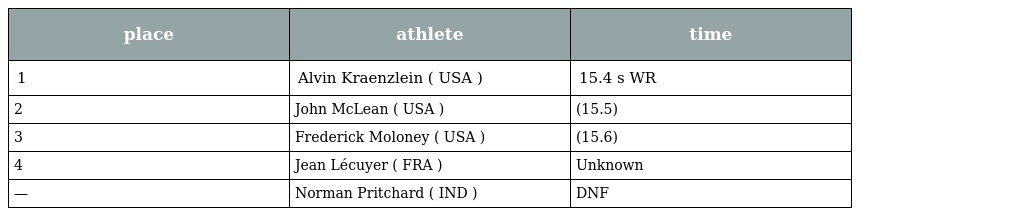
| place | athlete | time |
 | --- | --- | --- |
 | 1 | Alvin Kraenzlein ( USA ) | 15.4 s WR |
 | 2 | John McLean ( USA ) | (15.5) |
 | 3 | Frederick Moloney ( USA ) | (15.6) |
 | 4 | Jean Lécuyer ( FRA ) | Unknown |
 | — | Norman Pritchard ( IND ) | DNF |